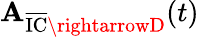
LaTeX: \mathbf{A}_{\overline{{{\textrm{{IC}}}}}\rightarrowD}(t)